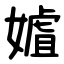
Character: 㜘